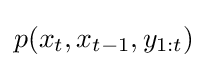
p(x_{t},x_{t-1},y_{1:t})